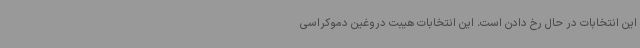
این انتخابات در حال رخ دادن است. این انتخابات هیبت دروغین دموکراسی